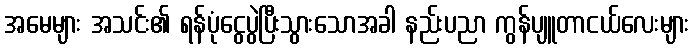
အမေများ အသင်း၏ ရန်ပုံငွေပွဲပြီးသွားသောအခါ နည်းပညာ ကွန်ပျူတာငယ်လေးများ